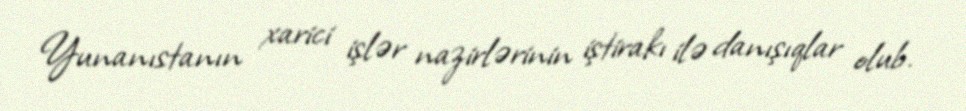
Yunanıstanın xarici işlər nazirlərinin iştirakı ilə danışıqlar olub.